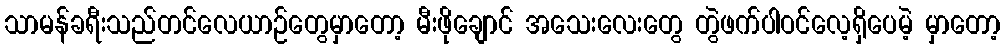
သာမန်ခရီးသည်တင်လေယာဉ်တွေမှာတော့ မီးဖိုချောင် အသေးလေးတွေ တွဲဖက်ပါဝင်လေ့ရှိပေမဲ့ မှာတော့